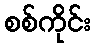
စစ်ကိုင်း